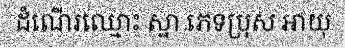
ដំណើរឈ្មោះ ស្នា ភេទប្រុស អាយុ